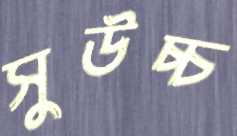
সুউচ্চ